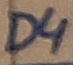
Text: D4